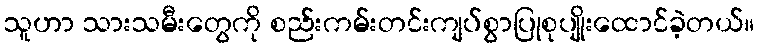
သူဟာ သားသမီးတွေကို စည်းကမ်းတင်းကျပ်စွာပြုစုပျိုးထောင်ခဲ့တယ်။